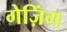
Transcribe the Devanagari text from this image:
गेज़िंग